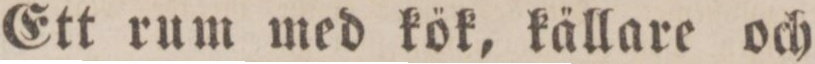
Ett rum med kök, källare och